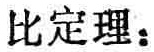
比定理：